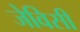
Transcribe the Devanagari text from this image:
जेविसी